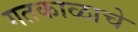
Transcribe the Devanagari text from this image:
गतकाळाचे